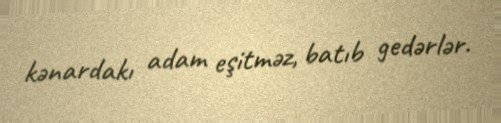
kənardakı adam eşitməz, batıb gedərlər.